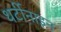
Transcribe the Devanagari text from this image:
थर्टीनाइन